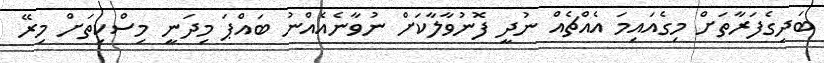
ބަދިގެފަރާތަށް މިގެއައިމަ އެއްޗެއް ނުދީ ފޮނުވާލާކަށް ނުވާނެއެއްނު ބައްޕަ މިދަނީ މިސްކިތަށް މިރޭ